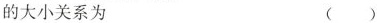
的大小关系为 （）